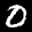
Label: 0